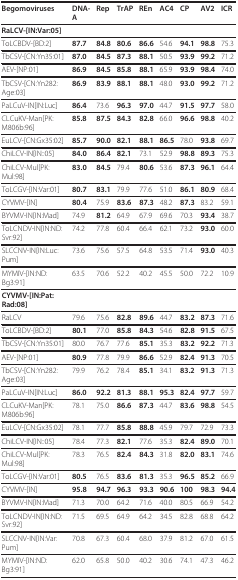
<table><thead><tr><td><b>Begomoviruses</b></td><td><b>DNA-A</b></td><td><b>Rep</b></td><td><b>TrAP</b></td><td><b>REn</b></td><td><b>AC4</b></td><td><b>CP</b></td><td><b>AV2</b></td><td><b>ICR</b></td></tr></thead><tbody><tr><td><b>RaLCV-[IN:Var:05]</b></td><td></td><td></td><td></td><td></td><td></td><td></td><td></td><td></td></tr><tr><td>ToLCBDV-[BD:2]</td><td><b>87.7</b></td><td><b>84.8</b></td><td><b>80.6</b></td><td><b>86.6</b></td><td>54.6</td><td><b>94.1</b></td><td><b>98.8</b></td><td>75.3</td></tr><tr><td>TbCSV-[CN:Yn35:01]</td><td><b>87.0</b></td><td><b>84.5</b></td><td><b>87.3</b></td><td><b>88.1</b></td><td>50.5</td><td><b>93.9</b></td><td><b>99.2</b></td><td>71.2</td></tr><tr><td>AEV-[NP:01]</td><td><b>86.9</b></td><td><b>84.5</b></td><td><b>85.8</b></td><td><b>88.1</b></td><td>65.9</td><td><b>93.9</b></td><td><b>98.4</b></td><td>74.0</td></tr><tr><td>TbCSV-[CN:Yn282:Age:03]</td><td><b>86.9</b></td><td><b>83.9</b></td><td><b>88.1</b></td><td><b>88.1</b></td><td>48.0</td><td><b>93.0</b></td><td><b>99.2</b></td><td>71.2</td></tr><tr><td>PaLCuV-IN[IN:Luc]</td><td><b>86.4</b></td><td>73.6</td><td><b>96.3</b></td><td><b>97.0</b></td><td>44.7</td><td><b>91.5</b></td><td><b>97.7</b></td><td>58.0</td></tr><tr><td>CLCuKV-Man[PK:M806b:96]</td><td><b>85.8</b></td><td><b>87.5</b></td><td><b>84.3</b></td><td><b>82.8</b></td><td>66.0</td><td><b>96.6</b></td><td><b>98.8</b></td><td>40.2</td></tr><tr><td>EuLCV-[CN:Gx35:02]</td><td><b>85.7</b></td><td><b>90.0</b></td><td><b>82.1</b></td><td><b>88.1</b></td><td><b>86.5</b></td><td>78.0</td><td><b>93.8</b></td><td>69.7</td></tr><tr><td>ChiLCV-IN[IN::05]</td><td><b>84.0</b></td><td><b>86.4</b></td><td><b>82.1</b></td><td>73.1</td><td>52.9</td><td><b>98.8</b></td><td><b>89.3</b></td><td>75.3</td></tr><tr><td>ChiLCV-Mul[PK:Mul:98]</td><td><b>83.0</b></td><td><b>84.5</b></td><td>79.4</td><td><b>80.6</b></td><td>53.6</td><td><b>87.3</b></td><td><b>96.1</b></td><td>64.4</td></tr><tr><td>ToLCGV-[IN:Var:01]</td><td><b>80.7</b></td><td><b>83.1</b></td><td>79.9</td><td>77.6</td><td>51.0</td><td><b>86.1</b></td><td><b>80.9</b></td><td>68.4</td></tr><tr><td>CYVMV-[IN]</td><td><b>80.4</b></td><td>75.9</td><td><b>83.6</b></td><td><b>87.3</b></td><td>48.2</td><td><b>87.3</b></td><td>83.2</td><td>59.1</td></tr><tr><td>BYVMV-IN[IN:Mad]</td><td>74.9</td><td><b>81.2</b></td><td>64.9</td><td>67.9</td><td>69.6</td><td>70.3</td><td><b>93.4</b></td><td>38.7</td></tr><tr><td>ToLCNDV-IN[IN:ND:Svr:92]</td><td>74.2</td><td>77.8</td><td>60.4</td><td>66.4</td><td>62.1</td><td>73.2</td><td><b>93.0</b></td><td>60.0</td></tr><tr><td>SLCCNV-IN[IN:Luc:Pum]</td><td>73.6</td><td>75.6</td><td>57.5</td><td>64.8</td><td>53.5</td><td>71.4</td><td><b>93.0</b></td><td>40.3</td></tr><tr><td>MYMIV-[IN:ND:Bg3:91]</td><td>63.5</td><td>70.6</td><td>52.2</td><td>40.2</td><td>45.5</td><td>50.0</td><td>72.2</td><td>10.9</td></tr><tr><td><b>CYVMV-[IN:Pat:Rad:08]</b></td><td></td><td></td><td></td><td></td><td></td><td></td><td></td><td></td></tr><tr><td>RaLCV</td><td>79.6</td><td>75.6</td><td><b>82.8</b></td><td><b>89.6</b></td><td>44.7</td><td><b>83.2</b></td><td><b>87.3</b></td><td>71.6</td></tr><tr><td>ToLCBDV-[BD:2]</td><td><b>80.1</b></td><td>77.0</td><td><b>85.8</b></td><td><b>84.3</b></td><td>54.6</td><td><b>82.8</b></td><td><b>91.5</b></td><td>67.5</td></tr><tr><td>TbCSV-[CN:Yn35:01]</td><td>80.0</td><td>76.7</td><td>77.6</td><td><b>85.1</b></td><td>35.3</td><td><b>83.2</b></td><td><b>92.2</b></td><td>71.3</td></tr><tr><td>AEV-[NP:01]</td><td><b>80.9</b></td><td>77.8</td><td>79.9</td><td><b>86.6</b></td><td>52.9</td><td><b>82.4</b></td><td><b>91.3</b></td><td>70.5</td></tr><tr><td>TbCSV-[CN:Yn282:Age:03]</td><td>79.9</td><td>76.2</td><td>78.4</td><td><b>85.1</b></td><td>34.1</td><td><b>83.2</b></td><td><b>91.3</b></td><td>71.3</td></tr><tr><td>PaLCuV-IN[IN:Luc]</td><td><b>86.0</b></td><td><b>92.2</b></td><td><b>81.3</b></td><td><b>88.1</b></td><td><b>95.3</b></td><td><b>82.4</b></td><td><b>97.7</b></td><td>59.7</td></tr><tr><td>CLCuKV-Man[PK:M806b:96]</td><td>78.1</td><td>75.0</td><td><b>86.6</b></td><td><b>87.3</b></td><td>44.7</td><td><b>83.6</b></td><td><b>98.8</b></td><td>54.5</td></tr><tr><td>EuLCV-[CN:Gx35:02]</td><td>78.1</td><td>77.7</td><td><b>85.8</b></td><td><b>88.8</b></td><td>45.9</td><td>79.7</td><td>72.9</td><td>73.3</td></tr><tr><td>ChiLCV-IN[IN::05]</td><td>78.4</td><td>77.3</td><td><b>82.1</b></td><td>77.6</td><td>35.3</td><td><b>82.4</b></td><td><b>89.0</b></td><td>70.1</td></tr><tr><td>ChiLCV-Mul[PK:Mul:98]</td><td>78.3</td><td>76.5</td><td><b>82.4</b></td><td><b>84.3</b></td><td>31.8</td><td><b>82.0</b></td><td><b>83.1</b></td><td>74.6</td></tr><tr><td>ToLCGV-[IN:Var:01]</td><td><b>80.5</b></td><td>76.5</td><td><b>83.6</b></td><td><b>81.3</b></td><td>35.3</td><td><b>96.5</b></td><td><b>85.2</b></td><td>66.9</td></tr><tr><td>CYVMV-[IN]</td><td><b>95.8</b></td><td><b>94.7</b></td><td><b>96.3</b></td><td><b>93.3</b></td><td><b>90.6</b></td><td><b>100</b></td><td><b>98.3</b></td><td><b>94.4</b></td></tr><tr><td>BYVMV-IN[IN:Mad]</td><td>71.3</td><td>70.0</td><td>64.2</td><td>71.6</td><td>40.0</td><td>80.5</td><td>66.9</td><td>54.2</td></tr><tr><td>ToLCNDV-IN[IN:ND:Svr:92]</td><td>71.5</td><td>69.5</td><td>64.9</td><td>64.2</td><td>34.5</td><td>82.8</td><td>68.8</td><td>64.2</td></tr><tr><td>SLCCNV-IN[IN:Var:Pum]</td><td>70.8</td><td>67.3</td><td>60.4</td><td>68.0</td><td>37.9</td><td>81.2</td><td>67.0</td><td>61.5</td></tr><tr><td>MYMIV-[IN:ND:Bg3:91]</td><td>62.0</td><td>65.8</td><td>50.0</td><td>40.2</td><td>30.6</td><td>74.1</td><td>47.3</td><td>46.2</td></tr></tbody></table>